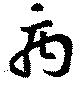
禹